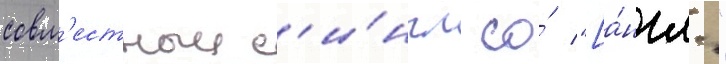
совм'естныи с'и́нгл со́ "[а́нгл."